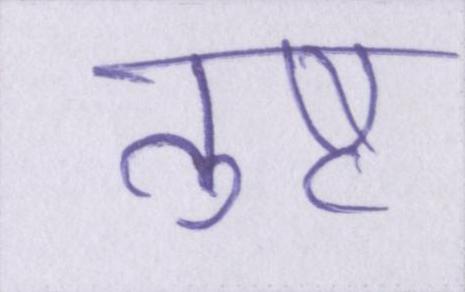
तुष्ट